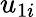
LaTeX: u_{1i}